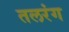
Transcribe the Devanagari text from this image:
तलरंग